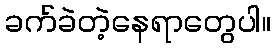
ခက်ခဲတဲ့နေရာတွေပါ။